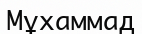
Мұхаммад